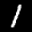
Label: 1